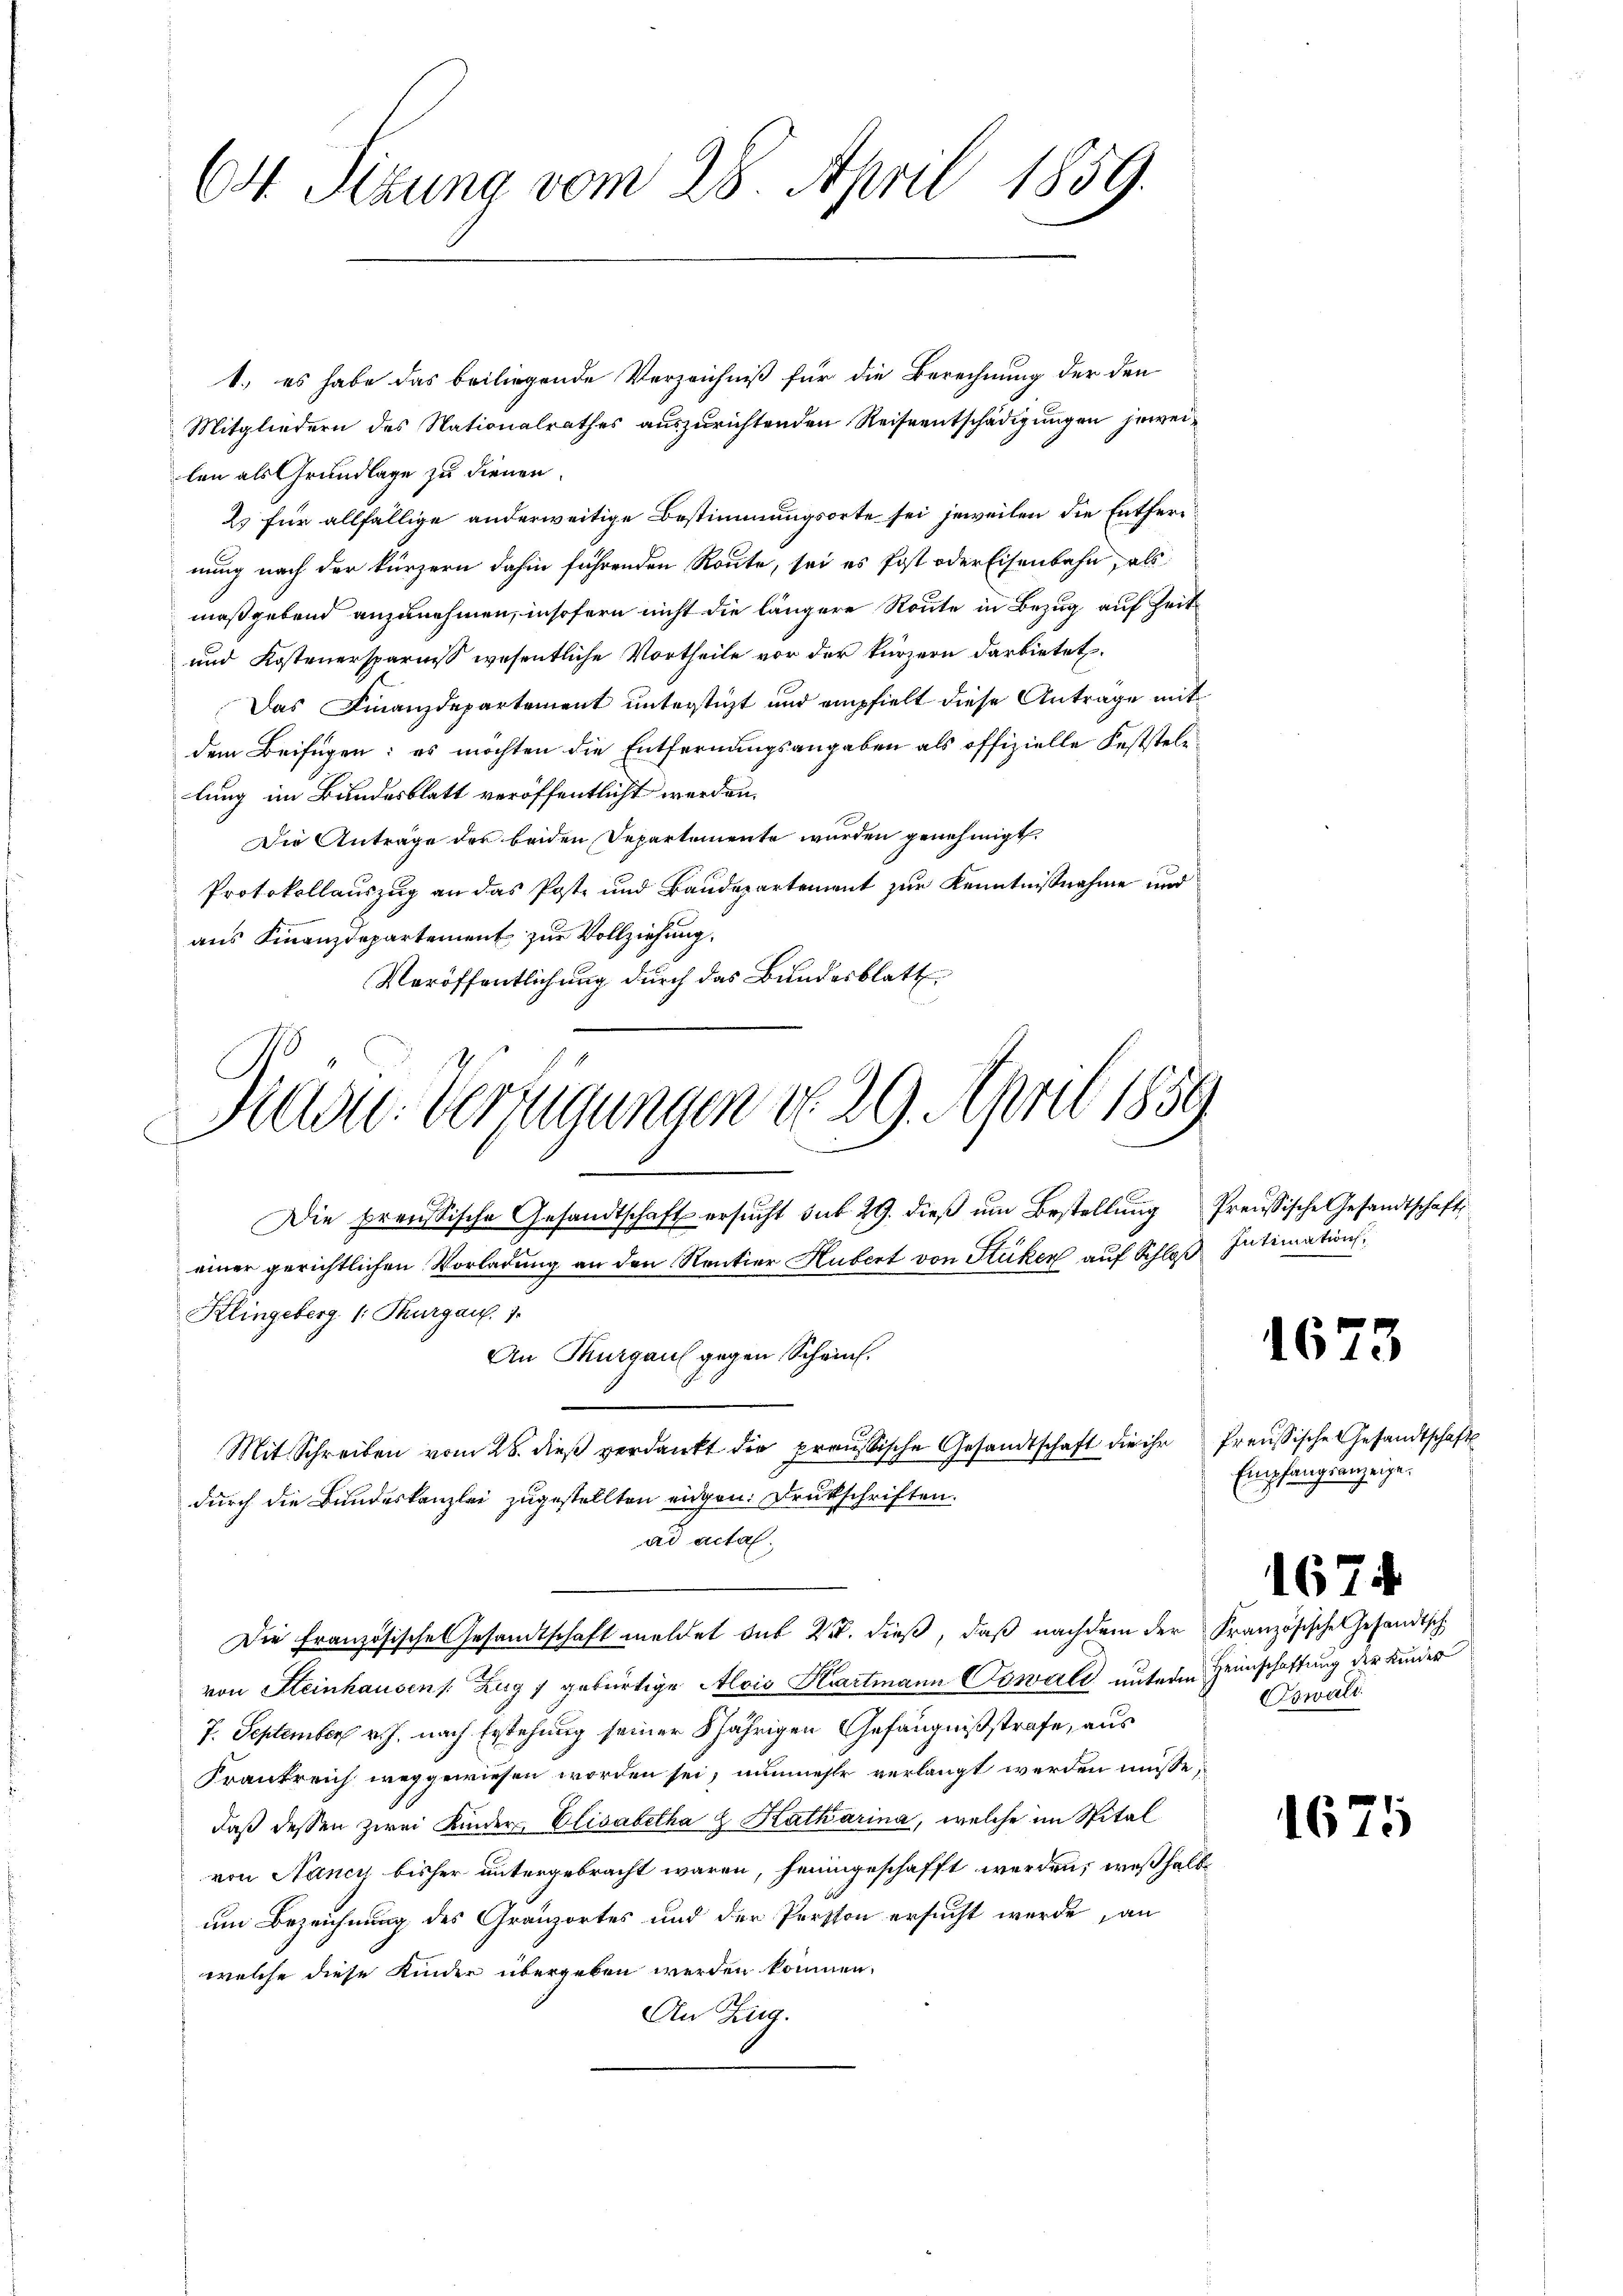
64 Sizung vom 28. April 1859.

1.) es habe das beiliegende Verzeichniß für die Berechnung der den
Mitgliedern des Nationalrathes auszurichtenden Reiseentschädigungen jeweilen als Grundlage zu dienen.
2. für allfällige anderweitige Bestimmungsorte sei jeweilen die Entfernung nach der kürzern dahin führenden Route, sei es Post oder Eisenbahn, als
maßgebend anzunehmen, insofern nicht die längere Route in Bezug auf Zeit
und Kostenersparniß wesentliche Vortheile vor der kürzern darbietet.
Das Finanzdepartement unterstüzt und empfielt diese Anträge mit
dem Beifügen: es möchten die Entfernungsangaben als offizielle Feststellung im Bundesblatt veröffentlicht werden.
Die Anträge des beiden Departemente wurden genehmigt.
Protokollauszug an das Poste und Baudepartement zur Kenntnißnahme und
aus Finanzdepartement zur Vollziehung.
Veröffentlichung durch das Bundesblatt
Kadu. Verfügungen d. 29. April 1859

Die preussische Gesandtschaft ersucht dit 29. dieß um Bestellung Preussische Gesandtschafts

einer gerichtlichen Vorladung an den Rentier Hubert von Stüken auf Schloß Intimation,
Klingeberg 1. Thurgaus. 1.
Mit Schreiben vom 26. dieβ verdankt die preussische Gesandtschaft die ihr freussische Gesandtschaftsdurch die Bundeskanzlei zugestellten eigen. Drukschriften.
ad acta.
von Steinhausen /: Zug 7 gebürtige Alois Hartmann Sowall unterm Heimschaftung der Kinder
7. September v. J. nach Erstehung seiner 8jährigen Gefängnißstrafe, aus
Krankreich weggewiesen worden sei, nunmehr verlangt werden müsse,
daß dessen zwei Kinder Elisabetha J Katharina, welche im Spital
von Nancy bisher untergebracht waren, heimgeschafft werden, weßhalb
um Bezeichnung des Granzortes und der Persson ersucht werde, an
welche diese Kinder übergeben werden können.
An Zieg.

An Thurgaus gegen Schein.

Die Französische Gesandtschaft meldet sub 22. dieß, daß nachdem der Französische Gesandtsch

Empfangsanzeige.

1673

Oswald

1674.

1675